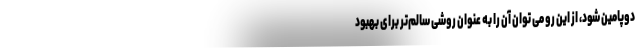
دوپامین شود، از این رو می توان آن را به عنوان روشی سالم‌تر برای بهبود